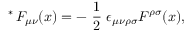
\mathrm { \mathrm { } ~ ^ { * } \! ~ } F _ { \mu \nu } ( x ) = - \mathrm { \small ~ \frac { 1 } { 2 } ~ } \epsilon _ { \mu \nu \rho \sigma } F ^ { \rho \sigma } ( x ) ,